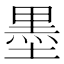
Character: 墨